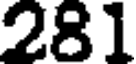
281